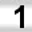
Digit: 1